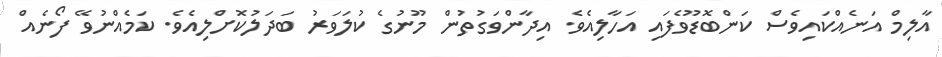
އާލިމް އަނެއްކައިވެސް ކަންބޮޑޫވެފައި އަހާލިއެވެ. އިދާންވަގުތުން މޫނުގެ ކުލަވަރު ބަދަލުކޮށްލިއެވެ. ކަމެއްނުވޭ ފޯނެއް